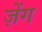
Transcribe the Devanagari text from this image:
ज़ेंग